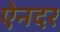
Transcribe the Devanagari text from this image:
ऐनदर